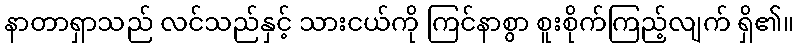
နာတာရှာသည် လင်သည်နှင့် သားငယ်ကို ကြင်နာစွာ စူးစိုက်ကြည့်လျက် ရှိ၏။